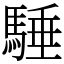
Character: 䮔